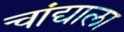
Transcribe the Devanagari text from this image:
चांद्याला